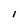
Character: i